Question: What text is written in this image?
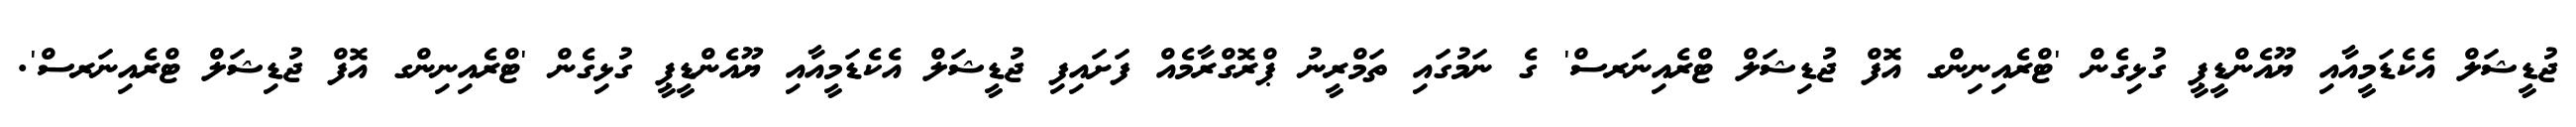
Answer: ޖުޑީޝަލް އެކެޑަމީއާއި ޔޫއެންޑީޕީ ގުޅިގެން 'ޓްރެއިނިންގ އޮފް ޖުޑިޝަލް ޓްރެއިނަރސް' ގެ ނަމުގައި ތަމްރީނު ޕްރޮގްރާމެއް ފަށައިފި ޖުޑީޝަލް އެކެޑަމީއާއި ޔޫއެންޑީޕީ ގުޅިގެން 'ޓްރެއިނިންގ އޮފް ޖުޑިޝަލް ޓްރެއިނަރސް'.